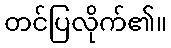
တင်ပြလိုက်၏။